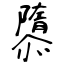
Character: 隳